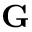
\bf { { G } }